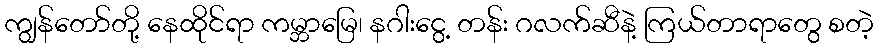
ကျွန်တော်တို့ နေထိုင်ရာ ကမ္ဘာမြေ၊ နဂါးငွေ့ တန်း ဂလက်ဆီနဲ့ ကြယ်တာရာတွေ စတဲ့